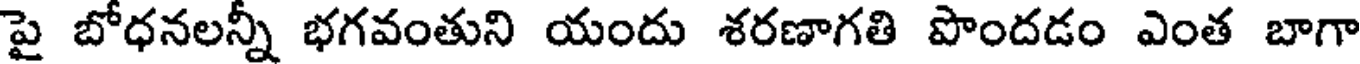
పై బోధనలన్నీ భగవంతుని యందు శరణాగతి పొందడం ఎంత బాగా